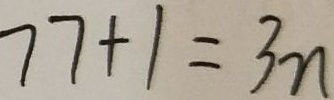
7 7 + 1 = 3 n